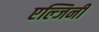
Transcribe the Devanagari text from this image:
एल्जिनी